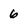
Character: 6